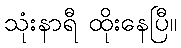
သုံးနာရီ ထိုးနေပြီ။